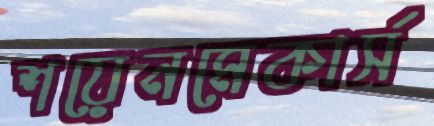
শয়েনমেকার্স